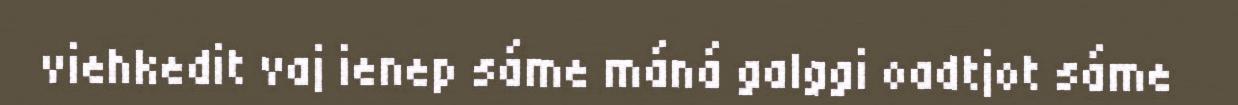
viehkedit vaj ienep sáme máná galggi oadtjot sáme